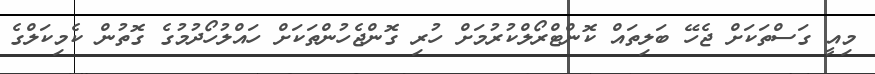
މިއީ ގަސްތަކަށް ޖެހޭ ބަލިތައް ކޮންޓްރޯލްކުރުމަށް ހުރި ގޮންޖެހުންތަކަށް ހައްލުހޯދުމުގެ ގޮތުން ކެމިކަލްގެ